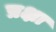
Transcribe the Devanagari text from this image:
प्रक्षा